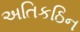
અતિકઠિન